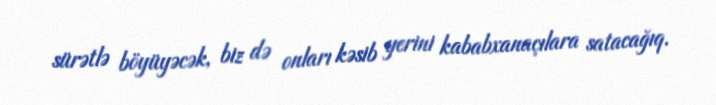
sürətlə böyüyəcək, biz də onları kəsib yerini kababxanaçılara satacağıq.